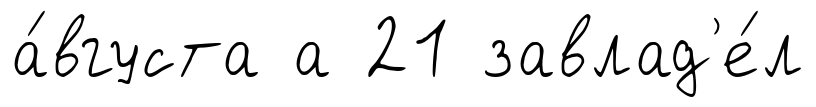
а́вгуста а 21 завлад'е́л